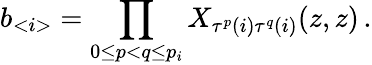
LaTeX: b_{<i>}=\prod_{0\leq p<q\leq p_{i}}X_{\tau^{p}(i)\tau^{q}(i)}(z,z)\, .